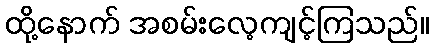
ထို့နောက် အစမ်းလေ့ကျင့်ကြသည်။